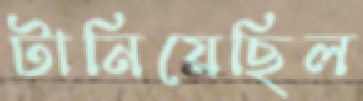
টানিয়েছিল